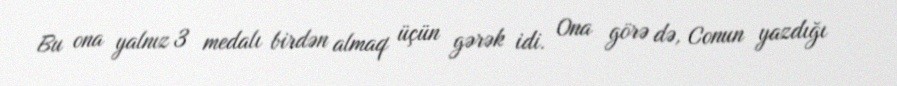
Bu ona yalnız 3 medalı birdən almaq üçün gərək idi. Ona görə də, Conun yazdığı